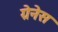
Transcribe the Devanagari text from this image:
ग्रेनेस